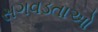
સગવડતાઓ